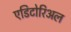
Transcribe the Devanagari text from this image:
एडिटोरिअल